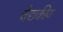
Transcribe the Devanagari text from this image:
चैद्यकीय